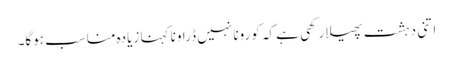
اتنی دہشت پھیلا رکھی ہے کہ کورونا نہیں ڈراونا کہنا زیادہ مناسب ہوگا۔